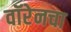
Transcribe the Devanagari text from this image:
वॉरेनचा